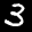
Label: 3